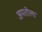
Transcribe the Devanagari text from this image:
अयतोला